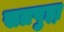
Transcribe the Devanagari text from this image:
सतपुड़ा़